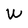
Character: W